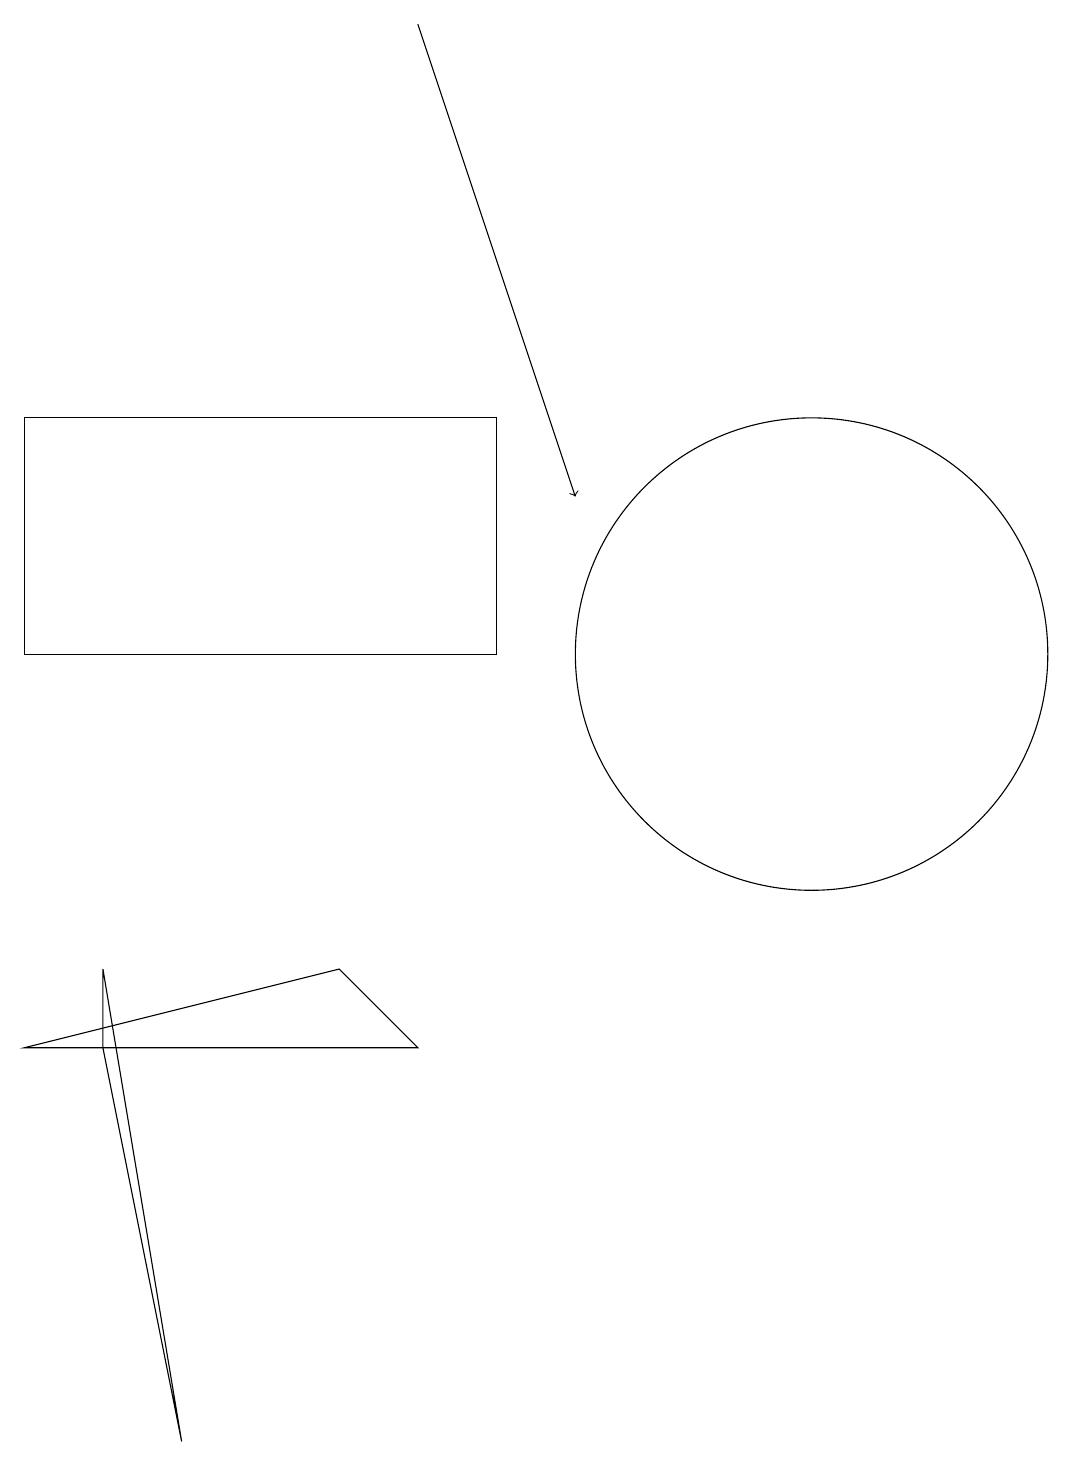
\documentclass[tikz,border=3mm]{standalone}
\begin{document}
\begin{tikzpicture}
\draw (5,7) -- (1,6) -- (6,6) -- cycle;
\draw (1,11) rectangle (7,14);
\draw (11,11) circle (3);
\draw (3,1) -- (2,6) -- (2,7) -- cycle;
\draw (11,11) circle (0);
\draw[->] (6,19) -- (8,13);
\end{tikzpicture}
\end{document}